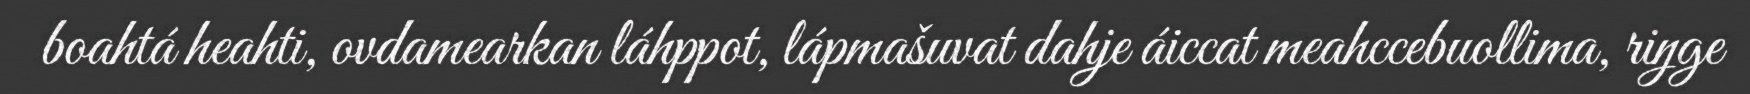
boahtá heahti, ovdamearkan láhppot, lápmašuvat dahje áiccat meahccebuollima, riŋge